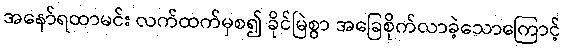
အနော်ရထာမင်း လက်ထက်မှစ၍ ခိုင်မြဲစွာ အခြေစိုက်လာခဲ့သောကြောင့်